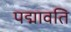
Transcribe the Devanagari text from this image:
पद्मावति